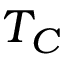
T _ { C }